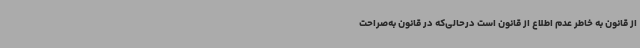
از قانون به خاطر عدم اطلاع از قانون است درحالی‌که در قانون به‌صراحت